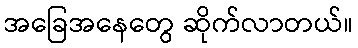
အခြေအနေတွေ ဆိုက်လာတယ်။